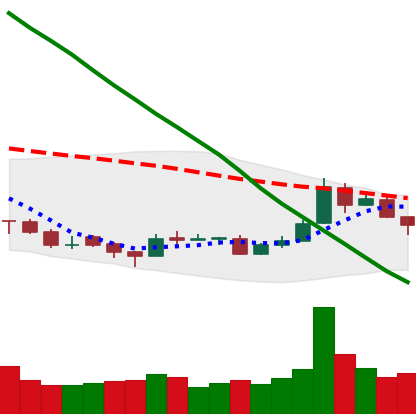
Ticker: TRX-USD
Chart end date: 2018-09-25
Forward return: 4.159%
Label: up_3_5